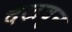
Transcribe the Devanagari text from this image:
दखवुन